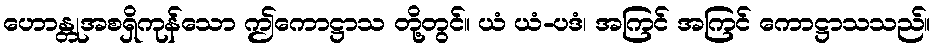
ဟောန္တုအစရှိကုန်သော ဤကောဋ္ဌာသ တို့တွင်။ ယံ ယံ-ပဒံ၊ အကြင် အကြင် ကောဋ္ဌာသသည်။